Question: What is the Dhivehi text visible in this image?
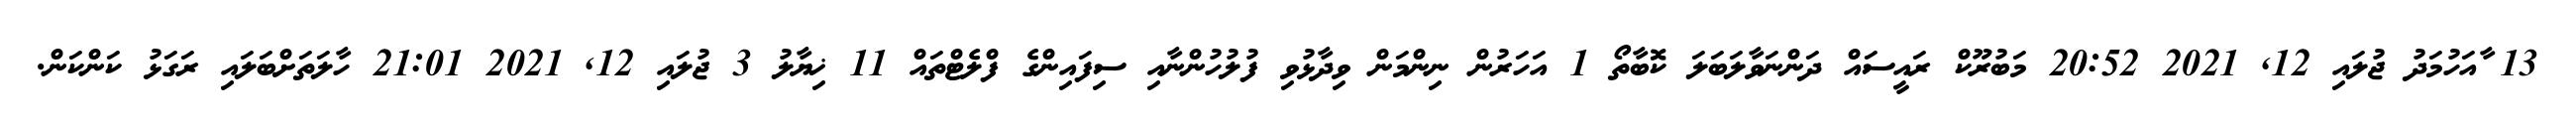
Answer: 13 ާއަހުމަދު ޖުލައި 12, 2021 20:52 މަބުރޫކް ރައީސައް ދަންނަވާލަބަލަ ކޮބާތޯ 1 އަހަރުން ނިންމަން ވިދާޅުވި ފުލުހުންނާއި ސިފައިންގެ ފްލެޓްތައް 11 ޚިޔާލު 3 ޖުލައި 12, 2021 21:01 ހާލަތަށްބަލައި ރަގަޅު ކަންކަން.